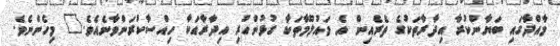
މާއްދާގައި ބަޔާންކުރާ އިދާރާތަކުގެ ތެރެއިން އެ މައުލޫމާތަކާ ގުޅުންހުރި އިދާރާއަކާ ހިއްސާކުރަންވާނެއެވެ." މިހެންނެވެ.